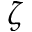
\zeta